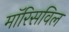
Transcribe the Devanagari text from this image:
मॉरिसविल